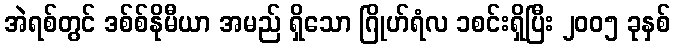
အဲရစ်တွင် ဒစ်စ်နိုမီယာ အမည် ရှိသော ဂြိုဟ်ရံလ ၁စင်းရှိပြီး ၂၀၀၅ ခုနှစ်